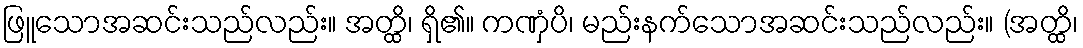
ဖြူသောအဆင်းသည်လည်း။ အတ္ထိ၊ ရှိ၏။ ကဏှံပိ၊ မည်းနက်သောအဆင်းသည်လည်း။ (အတ္ထိ၊